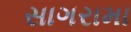
સાગરામા